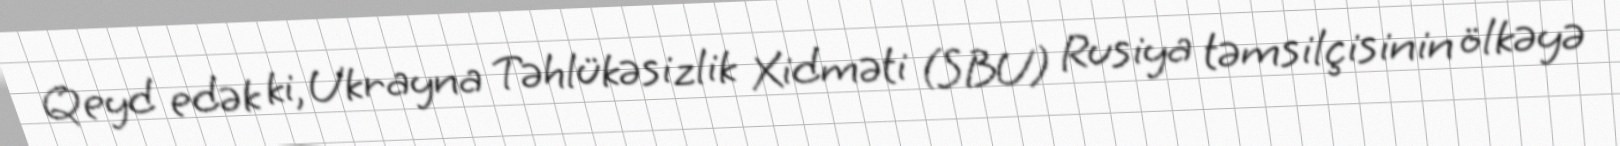
Qeyd edək ki, Ukrayna Təhlükəsizlik Xidməti (SBU) Rusiya təmsilçisinin ölkəyə